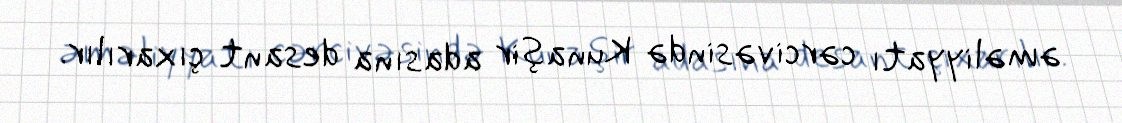
əməliyyatı cərcivəsində Kunaşir adasına desant çıxarılır.